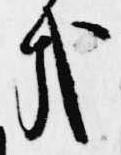
哉